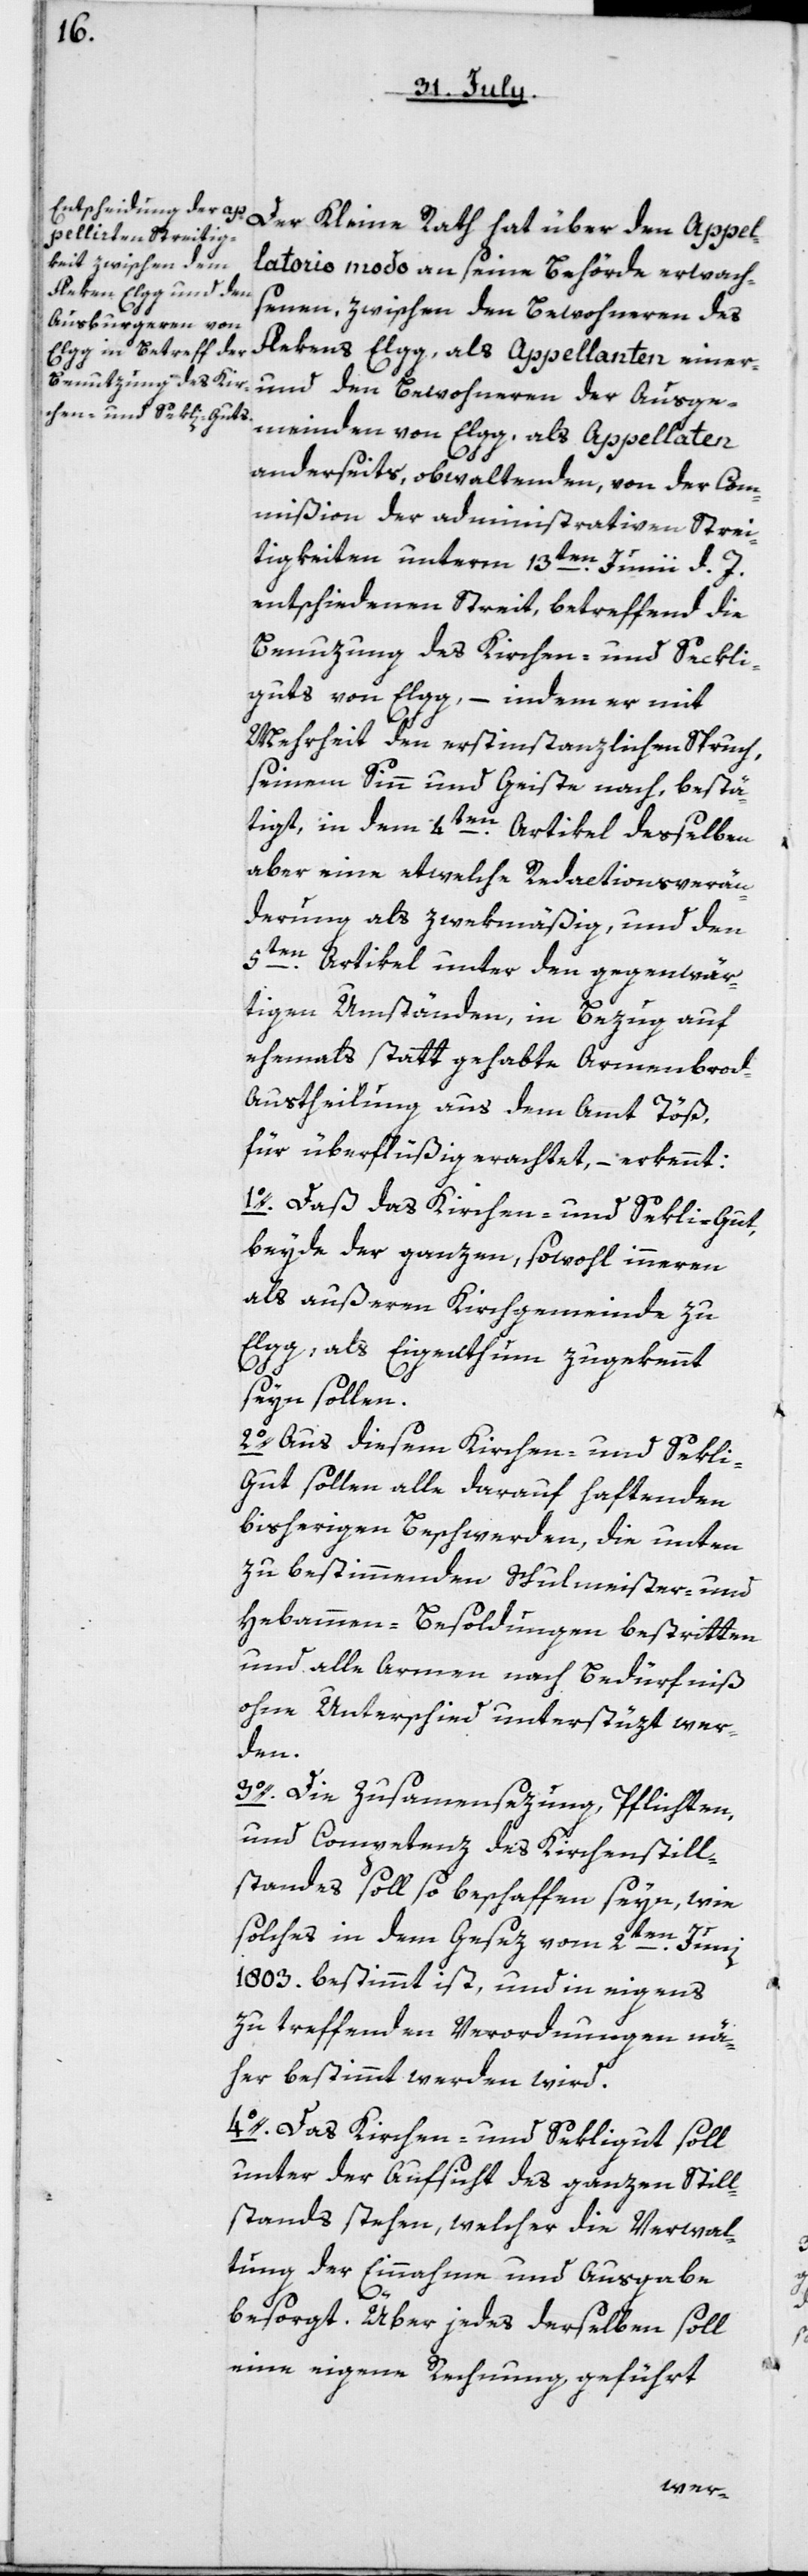
Der Kleine Rath hat über den Appel¬
latorio modo an seine Behörde erwach¬
senen, zwischen den Bewohneren des
Flekens Elgg, als Appellanten einer-,
und den Bewohneren der Ausge¬
meinden von Elgg, als Appellaten
anderseyts, obwaltenden, von der Com¬
mißion der administrativen Strei¬
tigkeiten unterm 13ten Junii d. J.
entschiedenen Streit, betreffend die
Benutzung des Kirchen- und Sekli¬
guts von Elgg, – indem er mit
Mehrheit den erstinstanzlichen Spruch,
seinem Sinn und Geiste nach bestä¬
tigt, in dem 4ten Artikel desselben
aber eine etwelche Redactionsverän¬
derung als zwekmäßig, und den
5ten Artikel unter den gegenwär¬
tigen Umständen, in Bezug auf
ehemals stattgehabte Armenbro¬
d-Austheilung aus dem Amt Töß,
für überflüßig erachtet, – erkennt:
1o. Daß das Kirchen- und Sekligut,
beyde der ganzen, sowohl inneren
als äußeren Kirchgemeinde zu
Elgg, als Eigenthum zugekennt
seyn sollen.
2o. Aus diesem Kichen- und Seli¬
gut sollen alle darauf haftenden
bisherigen Beschwerden, die unten
zu bestimmenden Schulmeister- und
Hebammen-Besoldungen bestritten,
und alle Armen nach Bedürfnis
ohne Unterschied unterstüzt wer¬
den.
3o. Die Zusammensezung, Pflichten
und Competenz des Kirchenstill¬
standes soll so beschaffen seyn, wie
solches in dem Gesez vom 2ten Junii
1803 bestimmt ist, und in eigens
zu treffenden Verordnungen nä¬
her bestimmt werden wird.
4o. Das Kirchen- und Sekligut soll
unter der Aufsicht des ganzen Still¬
stands stehen, welcher die Verwal¬
tung der Einnahme und Ausgabe
besorgt. Über jedes derselben soll
eine eigene Rechnung geführt